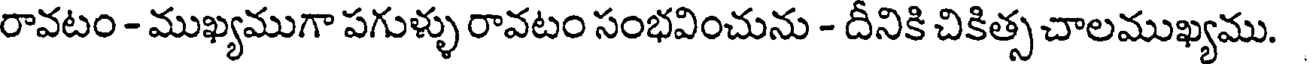
రావటం - ముఖ్యముగా పగుళ్ళు రావటం సంభవించును - దీనికి చికిత్స చాలముఖ్యము.